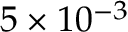
5 \times 1 0 ^ { - 3 }